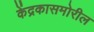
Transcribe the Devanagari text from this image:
केंद्रकासमोरील